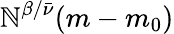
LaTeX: \mathbb{N}^{\beta/{\bar{{\nu}}}}(m-m_{0})